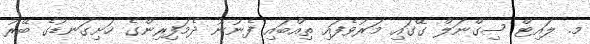
މ. ލައިޓް ސިގްނަލް ގޭގައި މަރުވެފައި ތިއްބައި ފެނުނު ދެމަފިރިންގެ ހަށިގަނޑުގެ ބޭރު